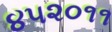
૪૫૨૦૧૧